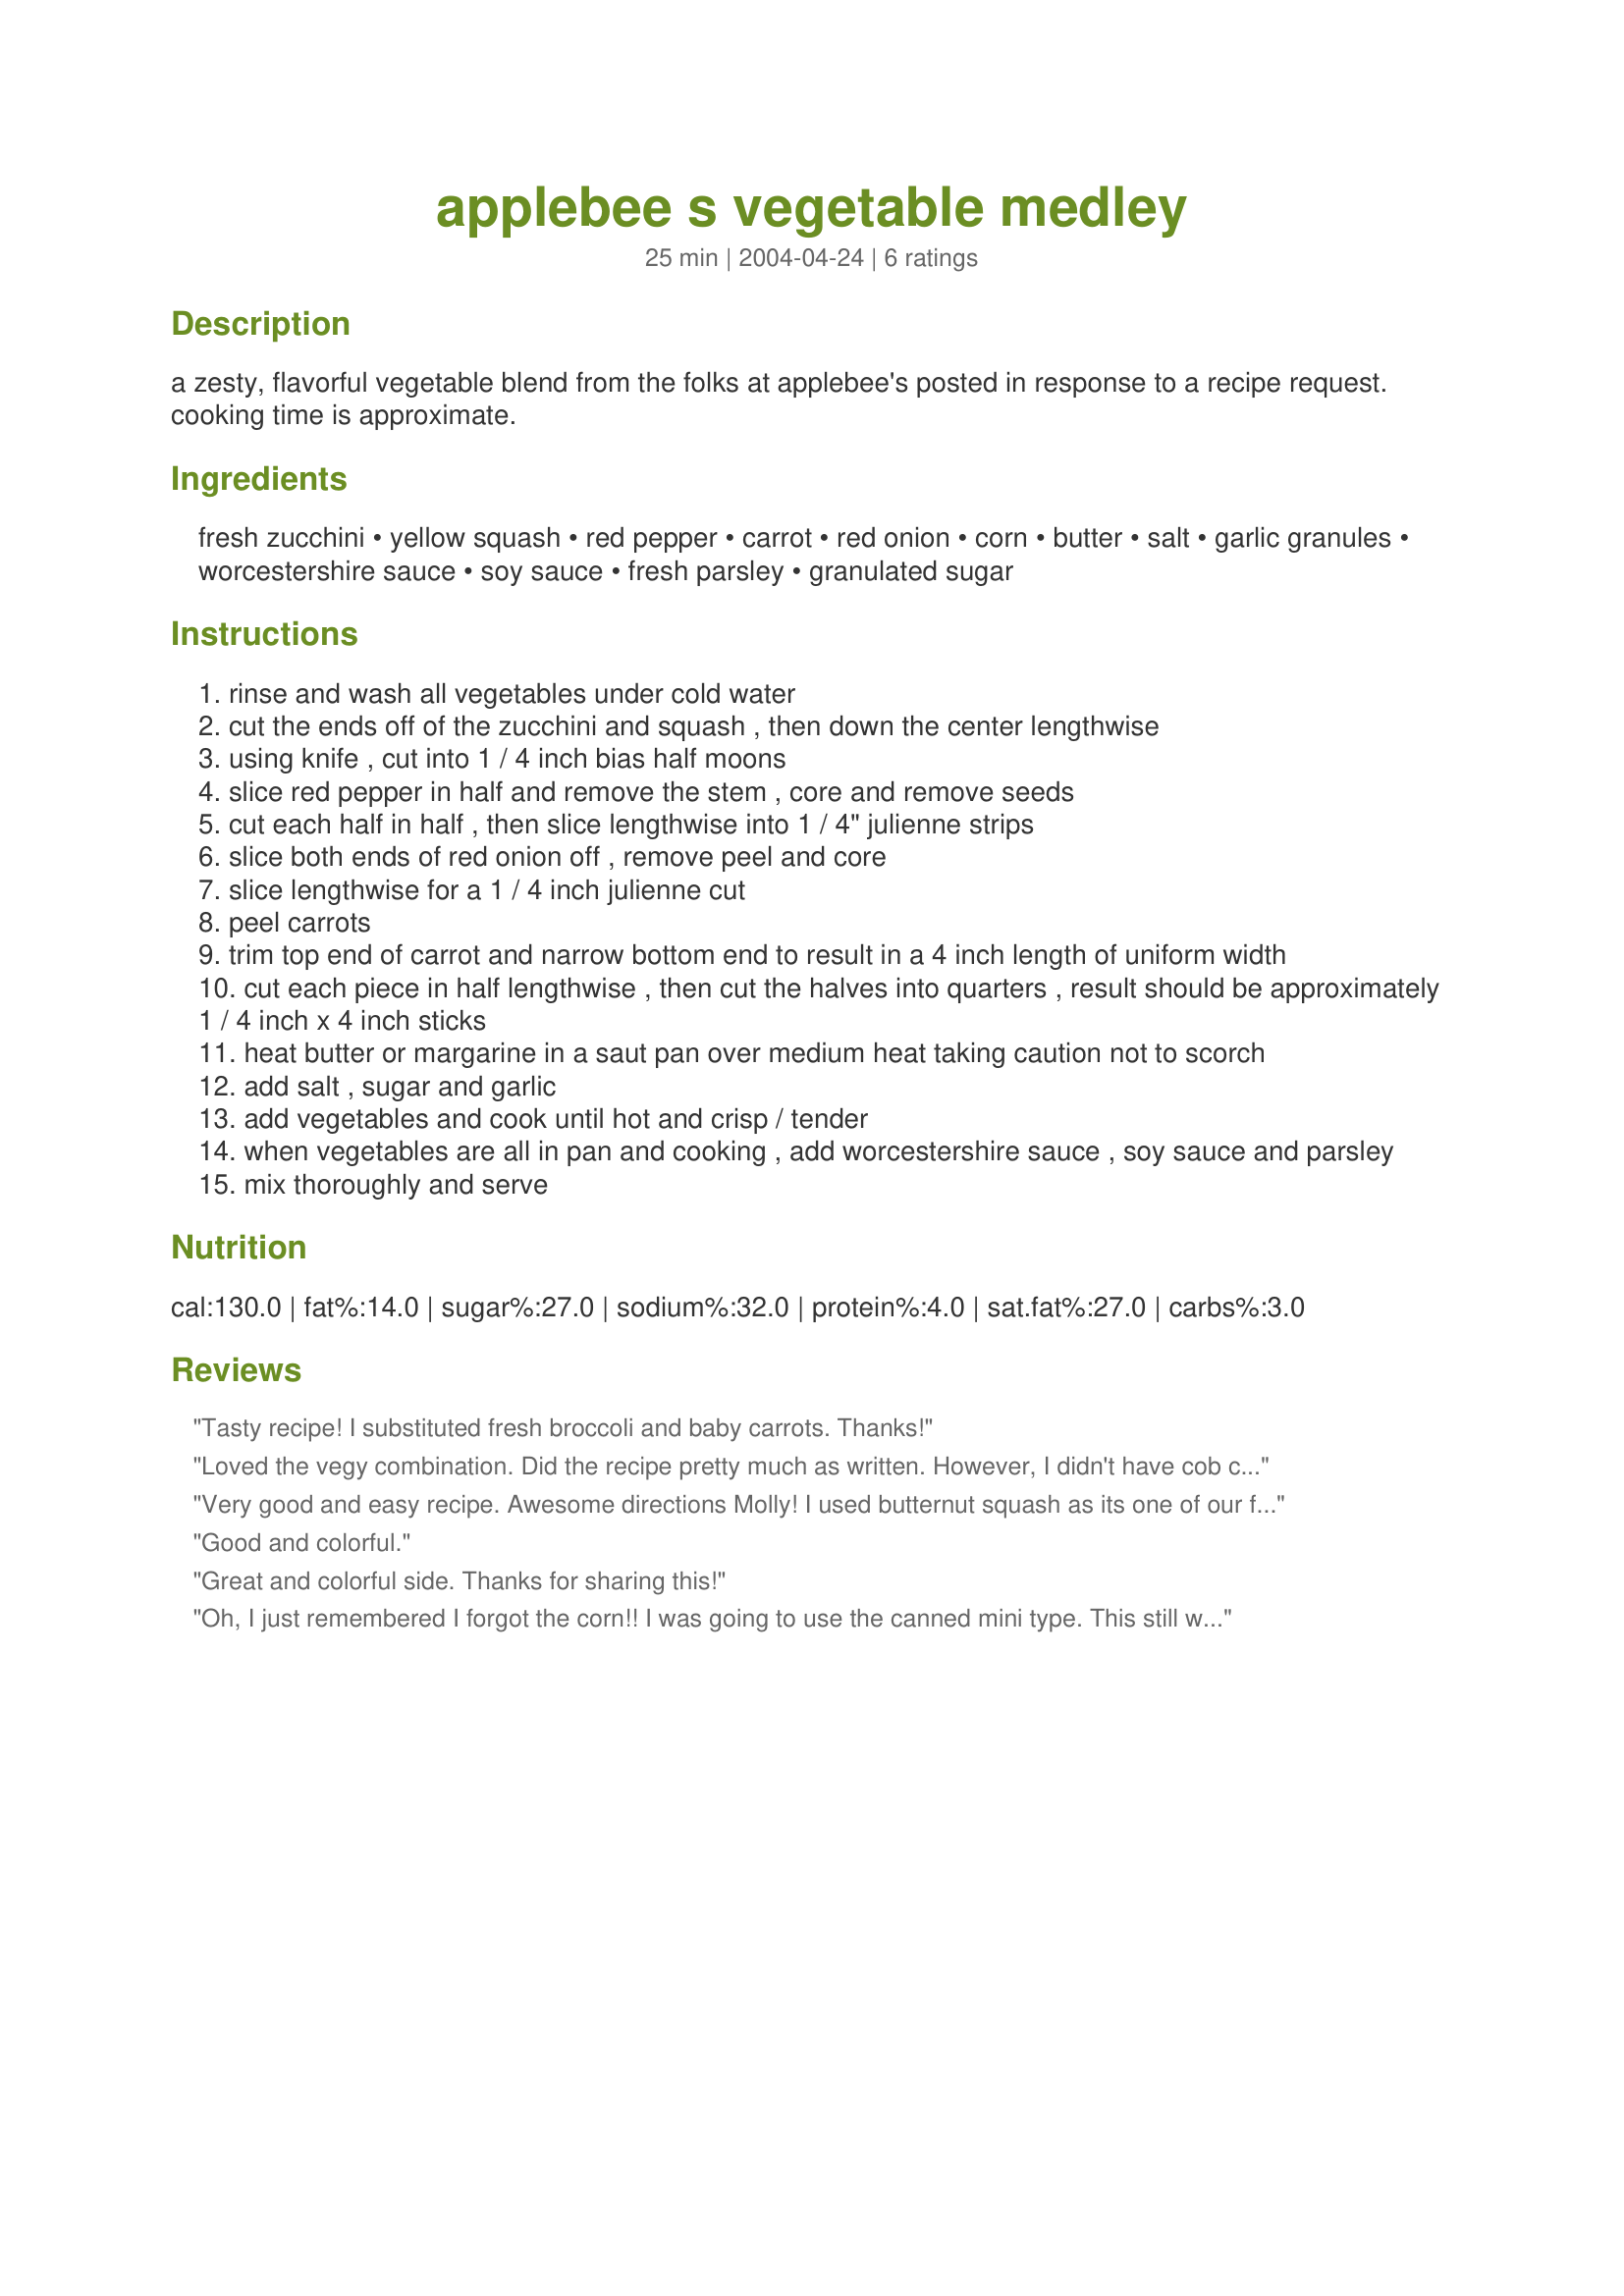
applebee s vegetable medley
Preparation time: 25 minutes

a zesty, flavorful vegetable blend from the folks at applebee's posted in response to a recipe request. cooking time is approximate.

Ingredients:
fresh zucchini, yellow squash, red pepper, carrot, red onion, corn, butter, salt, garlic granules, worcestershire sauce, soy sauce, fresh parsley, granulated sugar

Steps:
rinse and wash all vegetables under cold water
cut the ends off of the zucchini and squash , then down the center lengthwise
using knife , cut into 1 / 4 inch bias half moons
slice red pepper in half and remove the stem , core and remove seeds
cut each half in half , then slice lengthwise into 1 / 4" julienne strips
slice both ends of red onion off , remove peel and core
slice lengthwise for a 1 / 4 inch julienne cut
peel carrots
trim top end of carrot and narrow bottom end to result in a 4 inch length of uniform width
cut each piece in half lengthwise , then cut the halves into quarters , result should be approximately 1 / 4 inch x 4 inch sticks
heat butter or margarine in a saut pan over medium heat taking caution not to scorch
add salt , sugar and garlic
add vegetables and cook until hot and crisp / tender
when vegetables are all in pan and cooking , add worcestershire sauce , soy sauce and parsley
mix thoroughly and serve

Reviews:
Tasty recipe! I substituted fresh broccoli and baby carrots. Thanks!
Loved the vegy combination. Did the recipe pretty much as written. However, I didn't have cob corn so I used canned. I wasn't sure if garlic granules was powder or salt so I did 1/2 of each. Cut the butter abit & it came out perfect for us. Thanks for sharing such a tasty recipe.
Very good and easy recipe. Awesome directions Molly! I used butternut squash as its one of our favorites. I didnt have any fresh corn so I used mini cobs of corn. Also I used 2 garlic cloves added them with the onions. The worcestershire sauce and soy sauce didn't overpower this recipe, just gave it a nice mild flavor I also added a pinch of chili pepper flakes just to give it a bit of a kick. Thanks for sharing this recipe one I will be making again. Made for help a camera-less chef game #5.
Good and colorful.
Great and colorful side. Thanks for sharing this!
Oh, I just remembered I forgot the corn!! I was going to use the canned mini type. This still was a colorful and tasty dish. Super easy directions to follow. I put a serving in a piece of Flatout Flat Bread and ate mine that way. I'll make this again. Made for *Healthy Choices ABC Tag 2009* game
